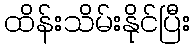
ထိန်းသိမ်းနိုင်ပြီး